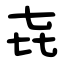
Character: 㐂